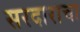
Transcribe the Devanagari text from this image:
सरदाराचा